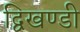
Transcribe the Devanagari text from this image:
द्विखण्डी